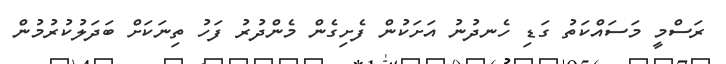
ރަސްމީ މަސައްކަތު ގަޑި ހެނދުނު އަށަކުން ފެށިގެން މެންދުރު ފަހު ތިނަކަށް ބަދަލުކުރުމުން